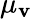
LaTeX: \mu_{\mathbf{v}}